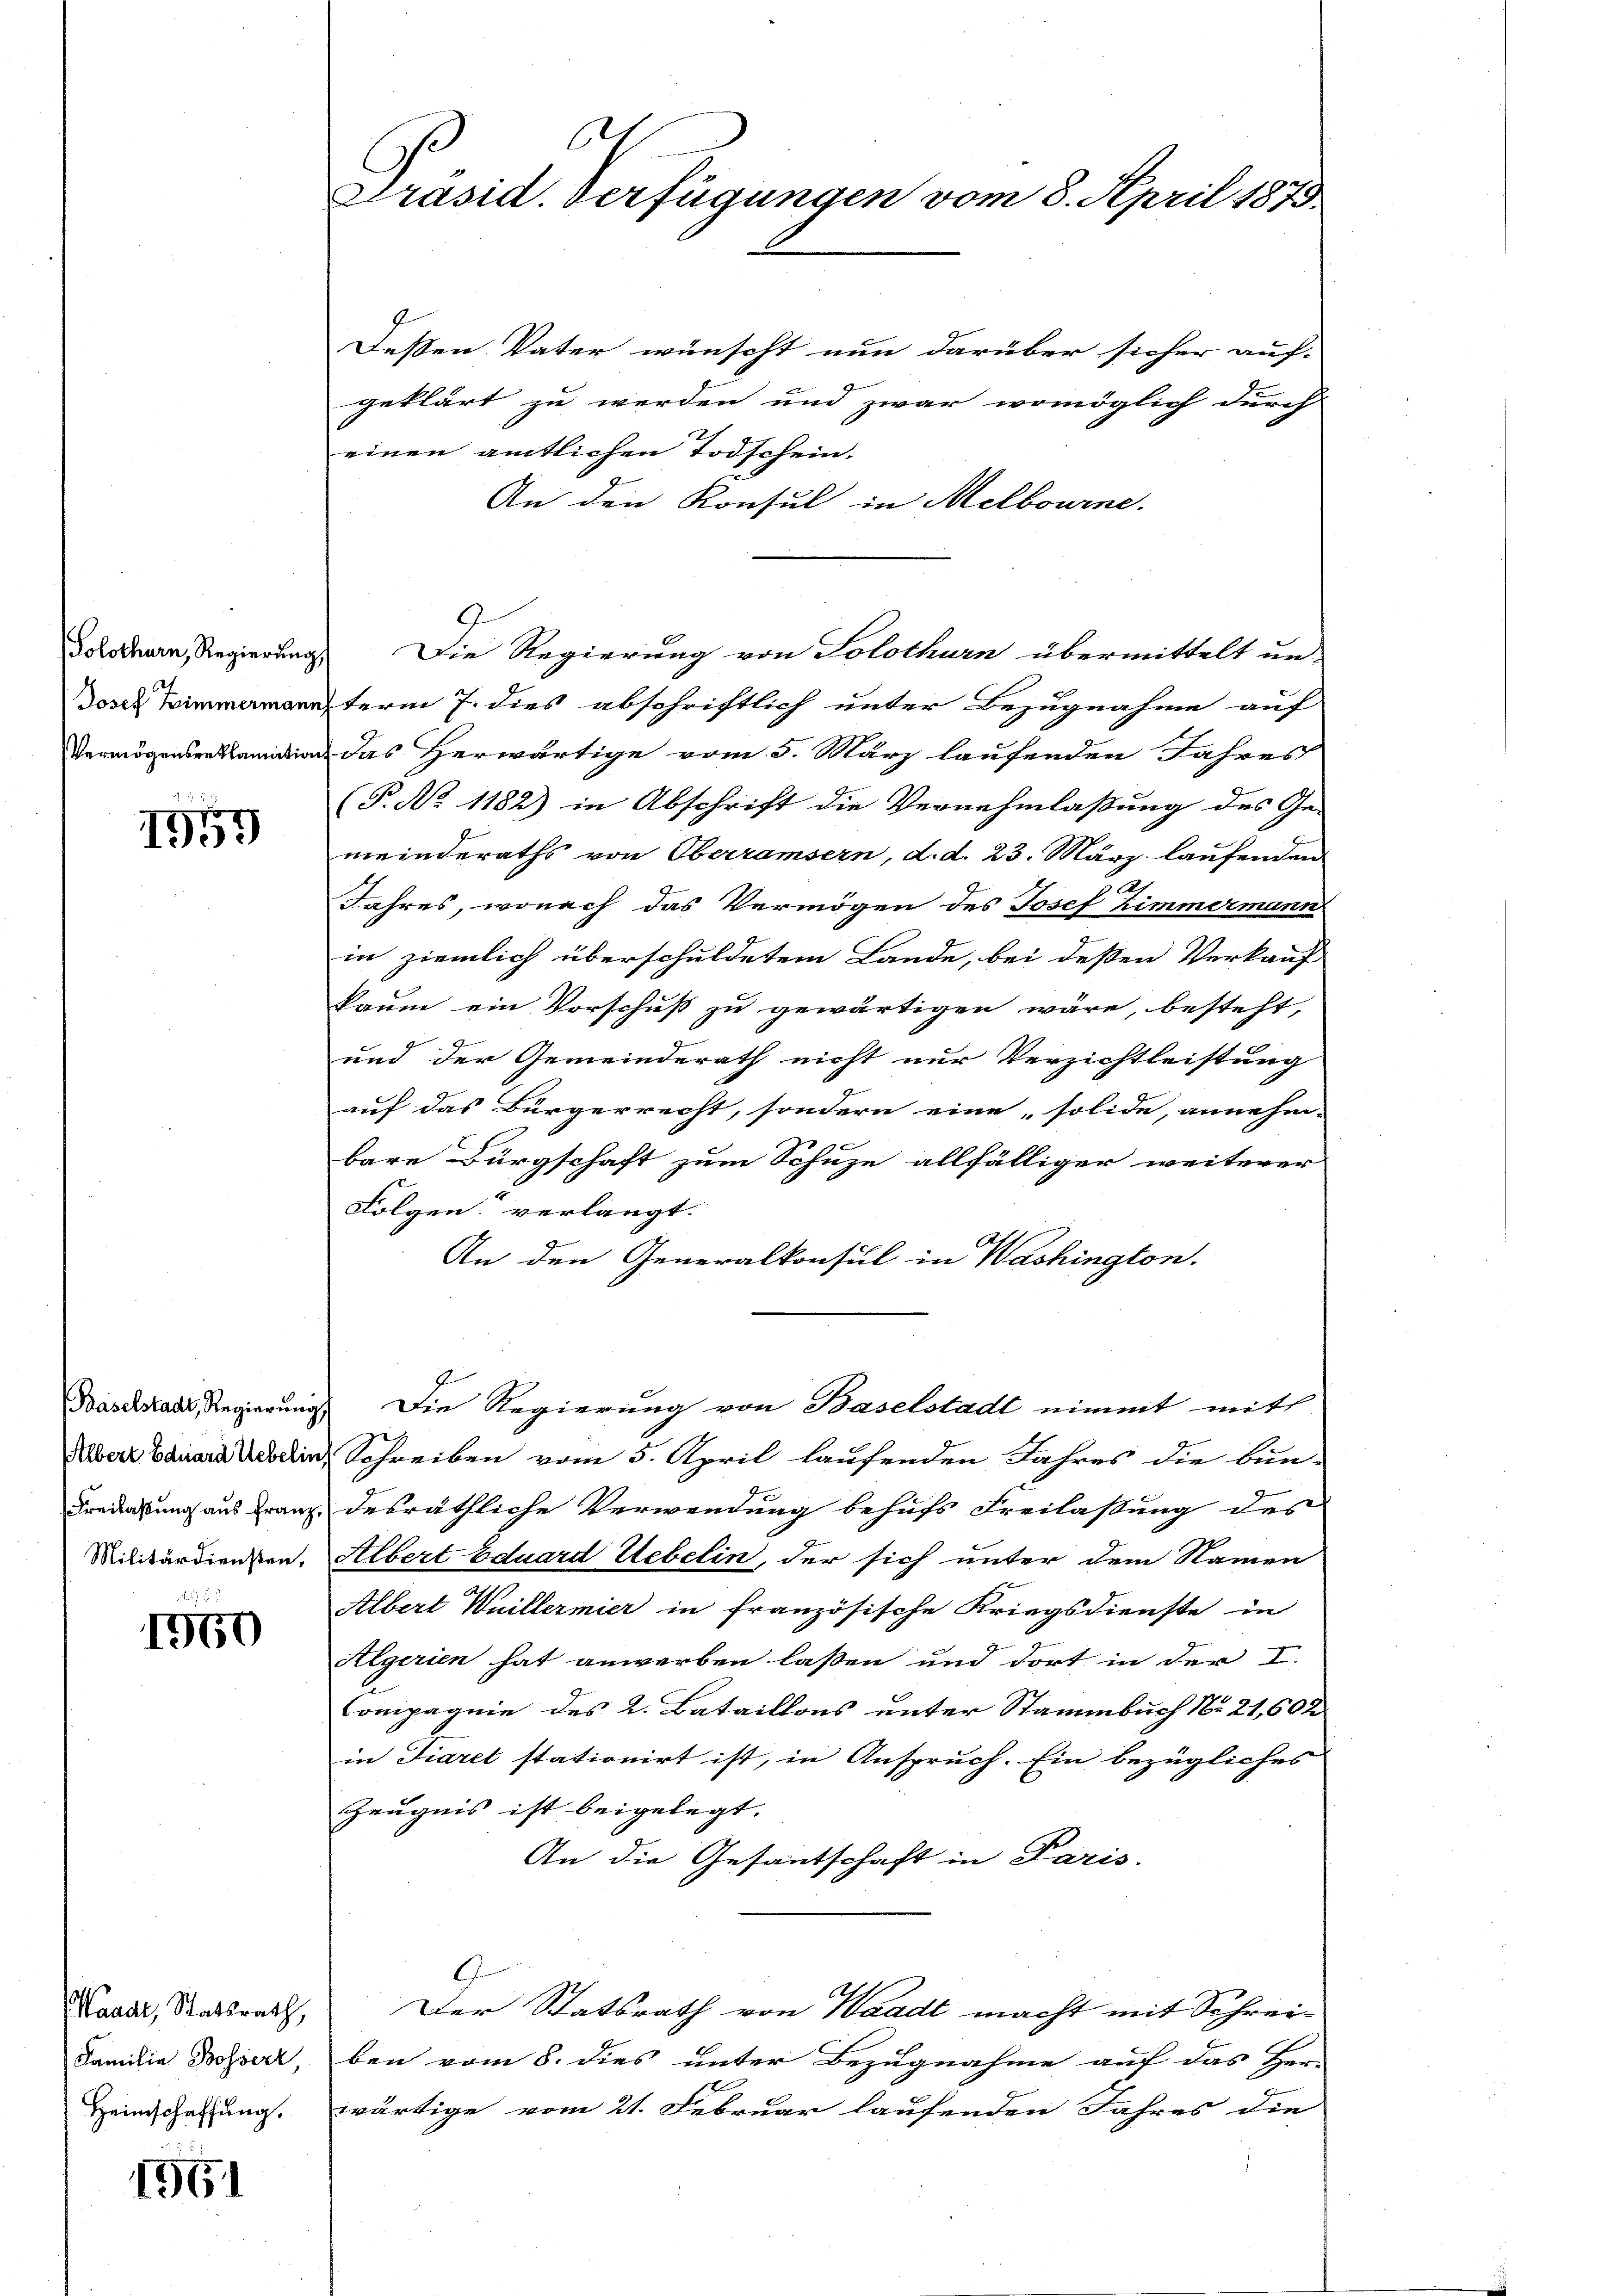
Solothurn, Regierung

1955

1900

Waadt, Statsrath,
Familia Bosserz,
Heimschaffung.

1561

61
Präsid. Verfügungen vom 8. April 1873.

Deßen Vater wünscht nun darüber sicher auf-
geklärt zu werden und zwar womöglich durch
einen amtlichen Todschein.
An den Konsul in Melbourne.
9
mnterm 7. dies abschriftlich unter Bezugnahme auf
Vermögensreklamation das Herwärtige vom 5. März laufenden Jahres
(P. No 1182) in Abschrift die Vernehmlassung des Ge- |
meinderaths von Oberramsern, d. d. 23. März laufenden
Jahres, wonach das Vermögen des Josef Zimmermann
in ziemlich überschuldetem Lande, bei deßen Verkauf
kaum ein Vorschuß zu gewärtigen wäre, besteht,
und der Gemeinderath nicht nur Verzichtleistung
auf das Bürgerrecht, sondern eine solide, annehm-
bare Bürgschaft zum Schuze allfälliger weiterer
Folgen“ verlangt.
An den Generalkonsul in Washington.
Basclstad, Regierung. Die Regierung von Baselstadt nimmt mit
Aber Carrara bein, Schreiben vom 5. April laufenden Jahres die bun-
Freiabung aus Franz desräthliche Verwendung behufs Freilassung des
Militärdiensten. Albert Eduard Uebelin, der sich unter dem Namen
Albert Weillermier in französische Kriegsdienste in
Algerien hat anwerben laßen und dort in der I.
Compagnie des 2. Bataillons unter Stammbuch No 21,600
in Fiaret stationirt ist, in Anspruch. Ein bezügliches
Zeugnis ist beigelegt.
An die Gesantschaft in Paris.
9
Der Statsrath von Waadt macht mit Schreiben vom 8. dies unter Bezugnahme auf das Her
wärtige vom 21. Februar laufenden Jahres die

Die Regierung von Solothurn übermittelt un-